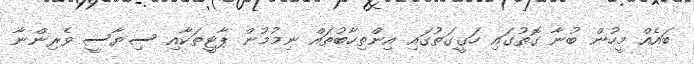
ބައެއް މީހުން ބުނާ ގޮތުގައި ހަގީގަތުގައި އިންތިހާބުތައް ނިމުމުން ޕާޓީތަކާއި ސިޔާސީ ވެރިންނާ